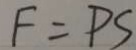
F = P S